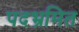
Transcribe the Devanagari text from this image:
पदभ्रमित